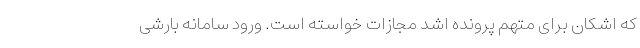
که اشکان برای متهم پرونده اشد مجازات خواسته است. ورود سامانه بارشی